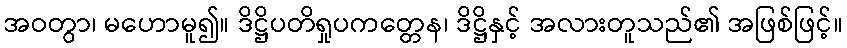
အဝတွာ၊ မဟောမူ၍။ ဒိဋ္ဌိပတိရှုပကတ္တေန၊ ဒိဋ္ဌိနှင့် အလားတူသည်၏ အဖြစ်ဖြင့်။